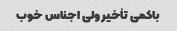
باکمی تأخیرولی اجناس خوب